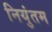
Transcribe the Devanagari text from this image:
नियुंतम